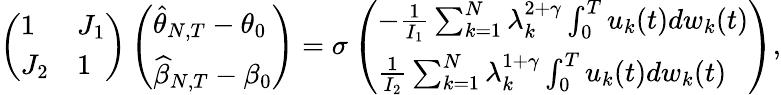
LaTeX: \left(\begin{array}{ll}{1}&{J_{1}}\\ {J_{2}}&{1}\end{array}\right)\left(\begin{array}{l}{\widehat{\theta}_{N,T}-\theta_{0}}\\ {\widehat{\beta}_{N,T}-\beta_{0}}\end{array}\right)=\sigma\left(\begin{array}{l}{-\frac{1}{I_{1}}\sum_{k=1}^{N}\lambda_{k}^{2+\gamma}\int_{0}^{T}u_{k}(t)dw_{k}(t)}\\ {\frac{1}{I_{2}}\sum_{k=1}^{N}\lambda_{k}^{1+\gamma}\int_{0}^{T}u_{k}(t)dw_{k}(t)}\end{array}\right),